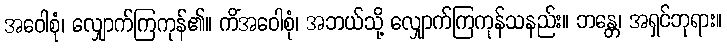
အဝေါစုံ၊ လျှောက်ကြကုန်၏။ ကိံအဝေါစုံ၊ အဘယ်သို့ လျှောက်ကြကုန်သနည်း။ ဘန္တေ၊ အရှင်ဘုရား။